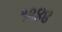
૧૨૪૪